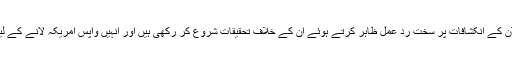
امریکی حکام نے سنوڈن کے انکشافات پر سخت ردِ عمل ظاہر کرتے ہوئے ان کے خلاف تحقیقات شروع کر رکھی ہیں اور انہیں واپس امریکہ لانے کے لیے کوششیں جاری ہیں۔